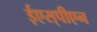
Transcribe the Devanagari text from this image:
ईएस्‌पीएन